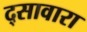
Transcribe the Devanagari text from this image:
द्सावारा